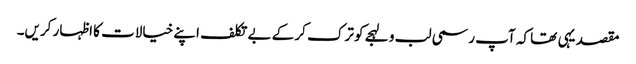
مقصد یہی تھا کہ آپ رسمی لب و لہجے کو ترک کر کے بے تکلف اپنے خیالات کا اظہار کریں۔